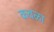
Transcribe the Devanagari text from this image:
कवळा